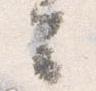
云